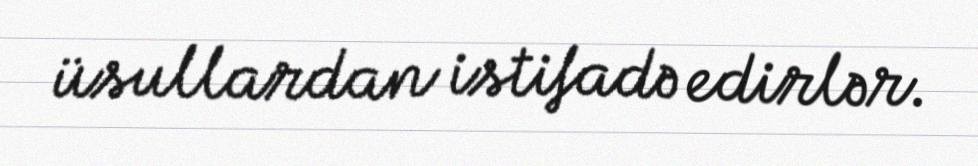
üsullardan istifadə edirlər.